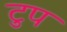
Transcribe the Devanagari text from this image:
टुप